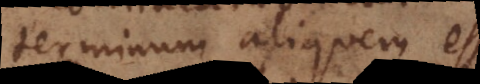
terminum aliquem es